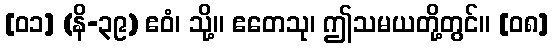
[၀၁] (နိ-၃၉) ဧဝံ၊ သို့။ ဧတေသု၊ ဤသမယတို့တွင်။ [၀၈]